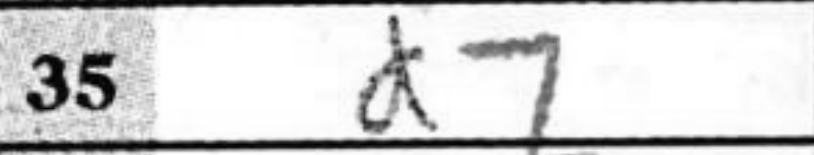
Transcription: d7